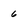
Character: 6